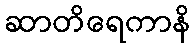
ဆာတိရေကာနိ